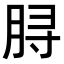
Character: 𫞅